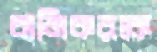
বাজিকরকে